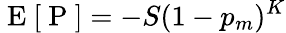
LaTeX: \mathrm{~E~}[\mathrm{~P~}]=-S(1-p_{m})^{K}